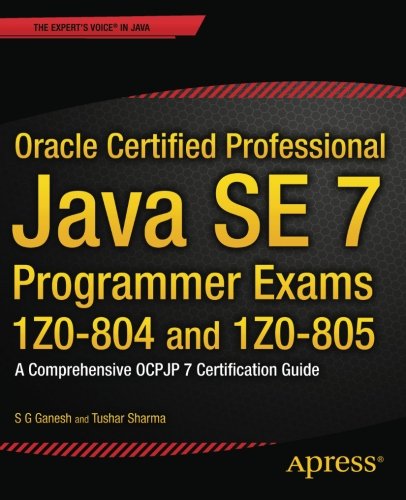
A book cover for Oracle Certified Professional Java SE 7 Programmer Exams 1Z0-804 and 1Z0-805: A Comprehensive OCPJP 7 Certification Guide (Expert's Voice in Java); S G Ganesh; Computers & Technology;